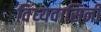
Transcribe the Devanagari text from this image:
विंध्‍यवासिनी